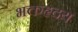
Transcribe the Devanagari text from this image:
भक्तहृदय